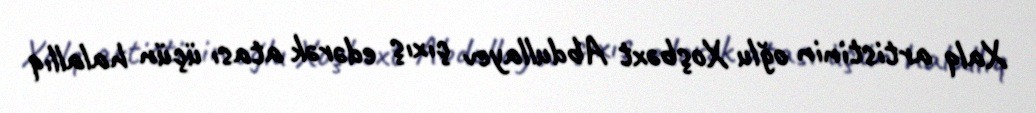
Xalq artistinin oğlu Xoşbəxt Abdullayev çıxış edərək atası üçün halallıq